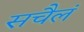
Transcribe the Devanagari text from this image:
सचैलं